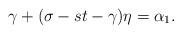
LaTeX: \begin{align*}\gamma+(\sigma-st-\gamma)\eta=\alpha_ 1.\end{align*}